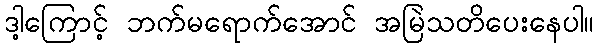
ဒါ့ကြောင့် ဘက်မရောက်အောင် အမြဲသတိပေးနေပါ။